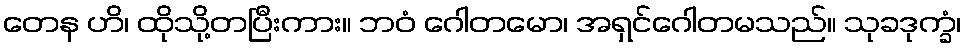
တေန ဟိ၊ ထိုသို့တပြီးကား။ ဘဝံ ဂေါတမော၊ အရှင်ဂေါတမသည်။ သုခဒုက္ခံ၊